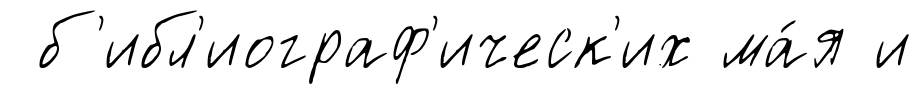
б'ибл'иограф'ическ'их ма́я и